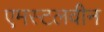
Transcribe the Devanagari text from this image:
एमस्टलवीन